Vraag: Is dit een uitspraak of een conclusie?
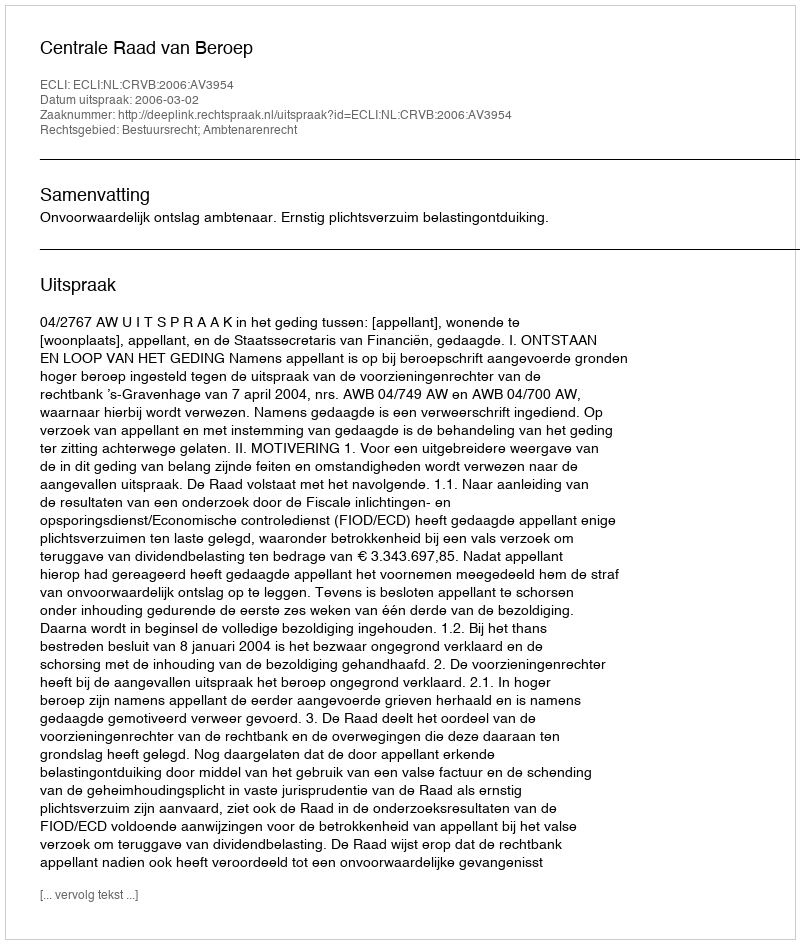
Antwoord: Uitspraak